Bréfritari: Ásmundur Þorsteinsson
Viðtakandi: Björg Jónsdóttir
Dagsetning: A-1874-02-28
Skrifað á: Miðvík  S-Þing.
Björg var kona Bened. í Tungu

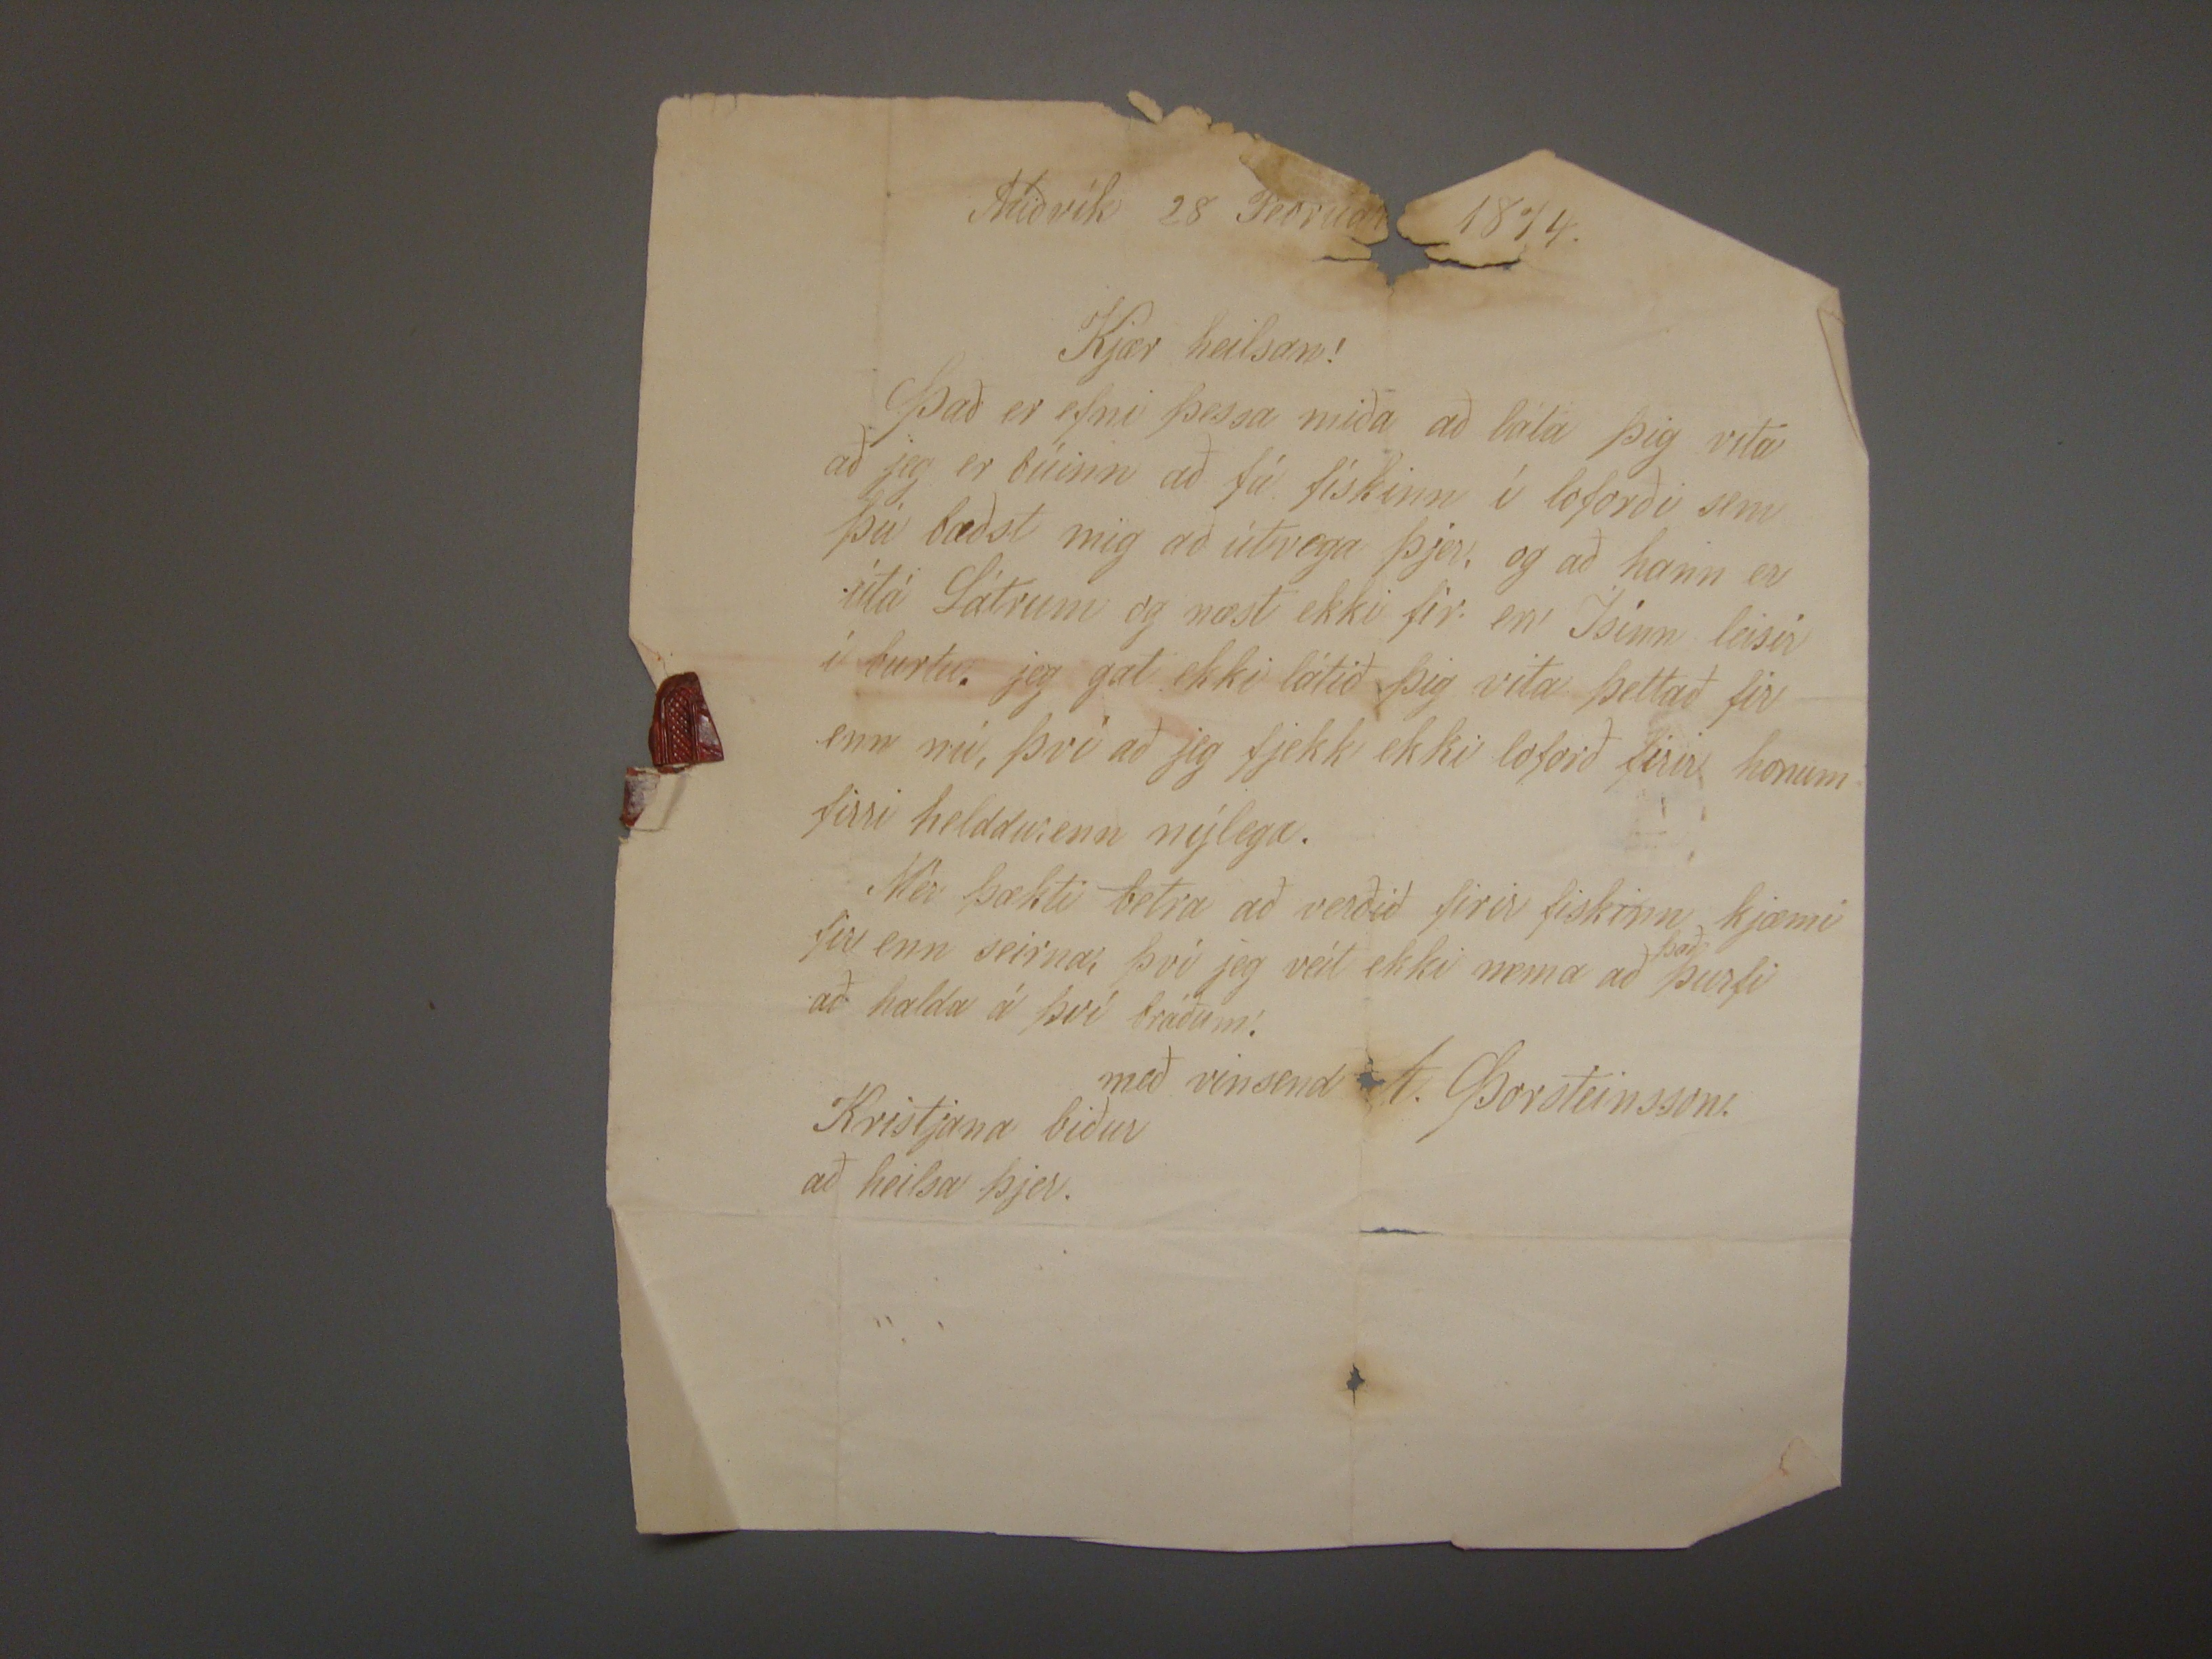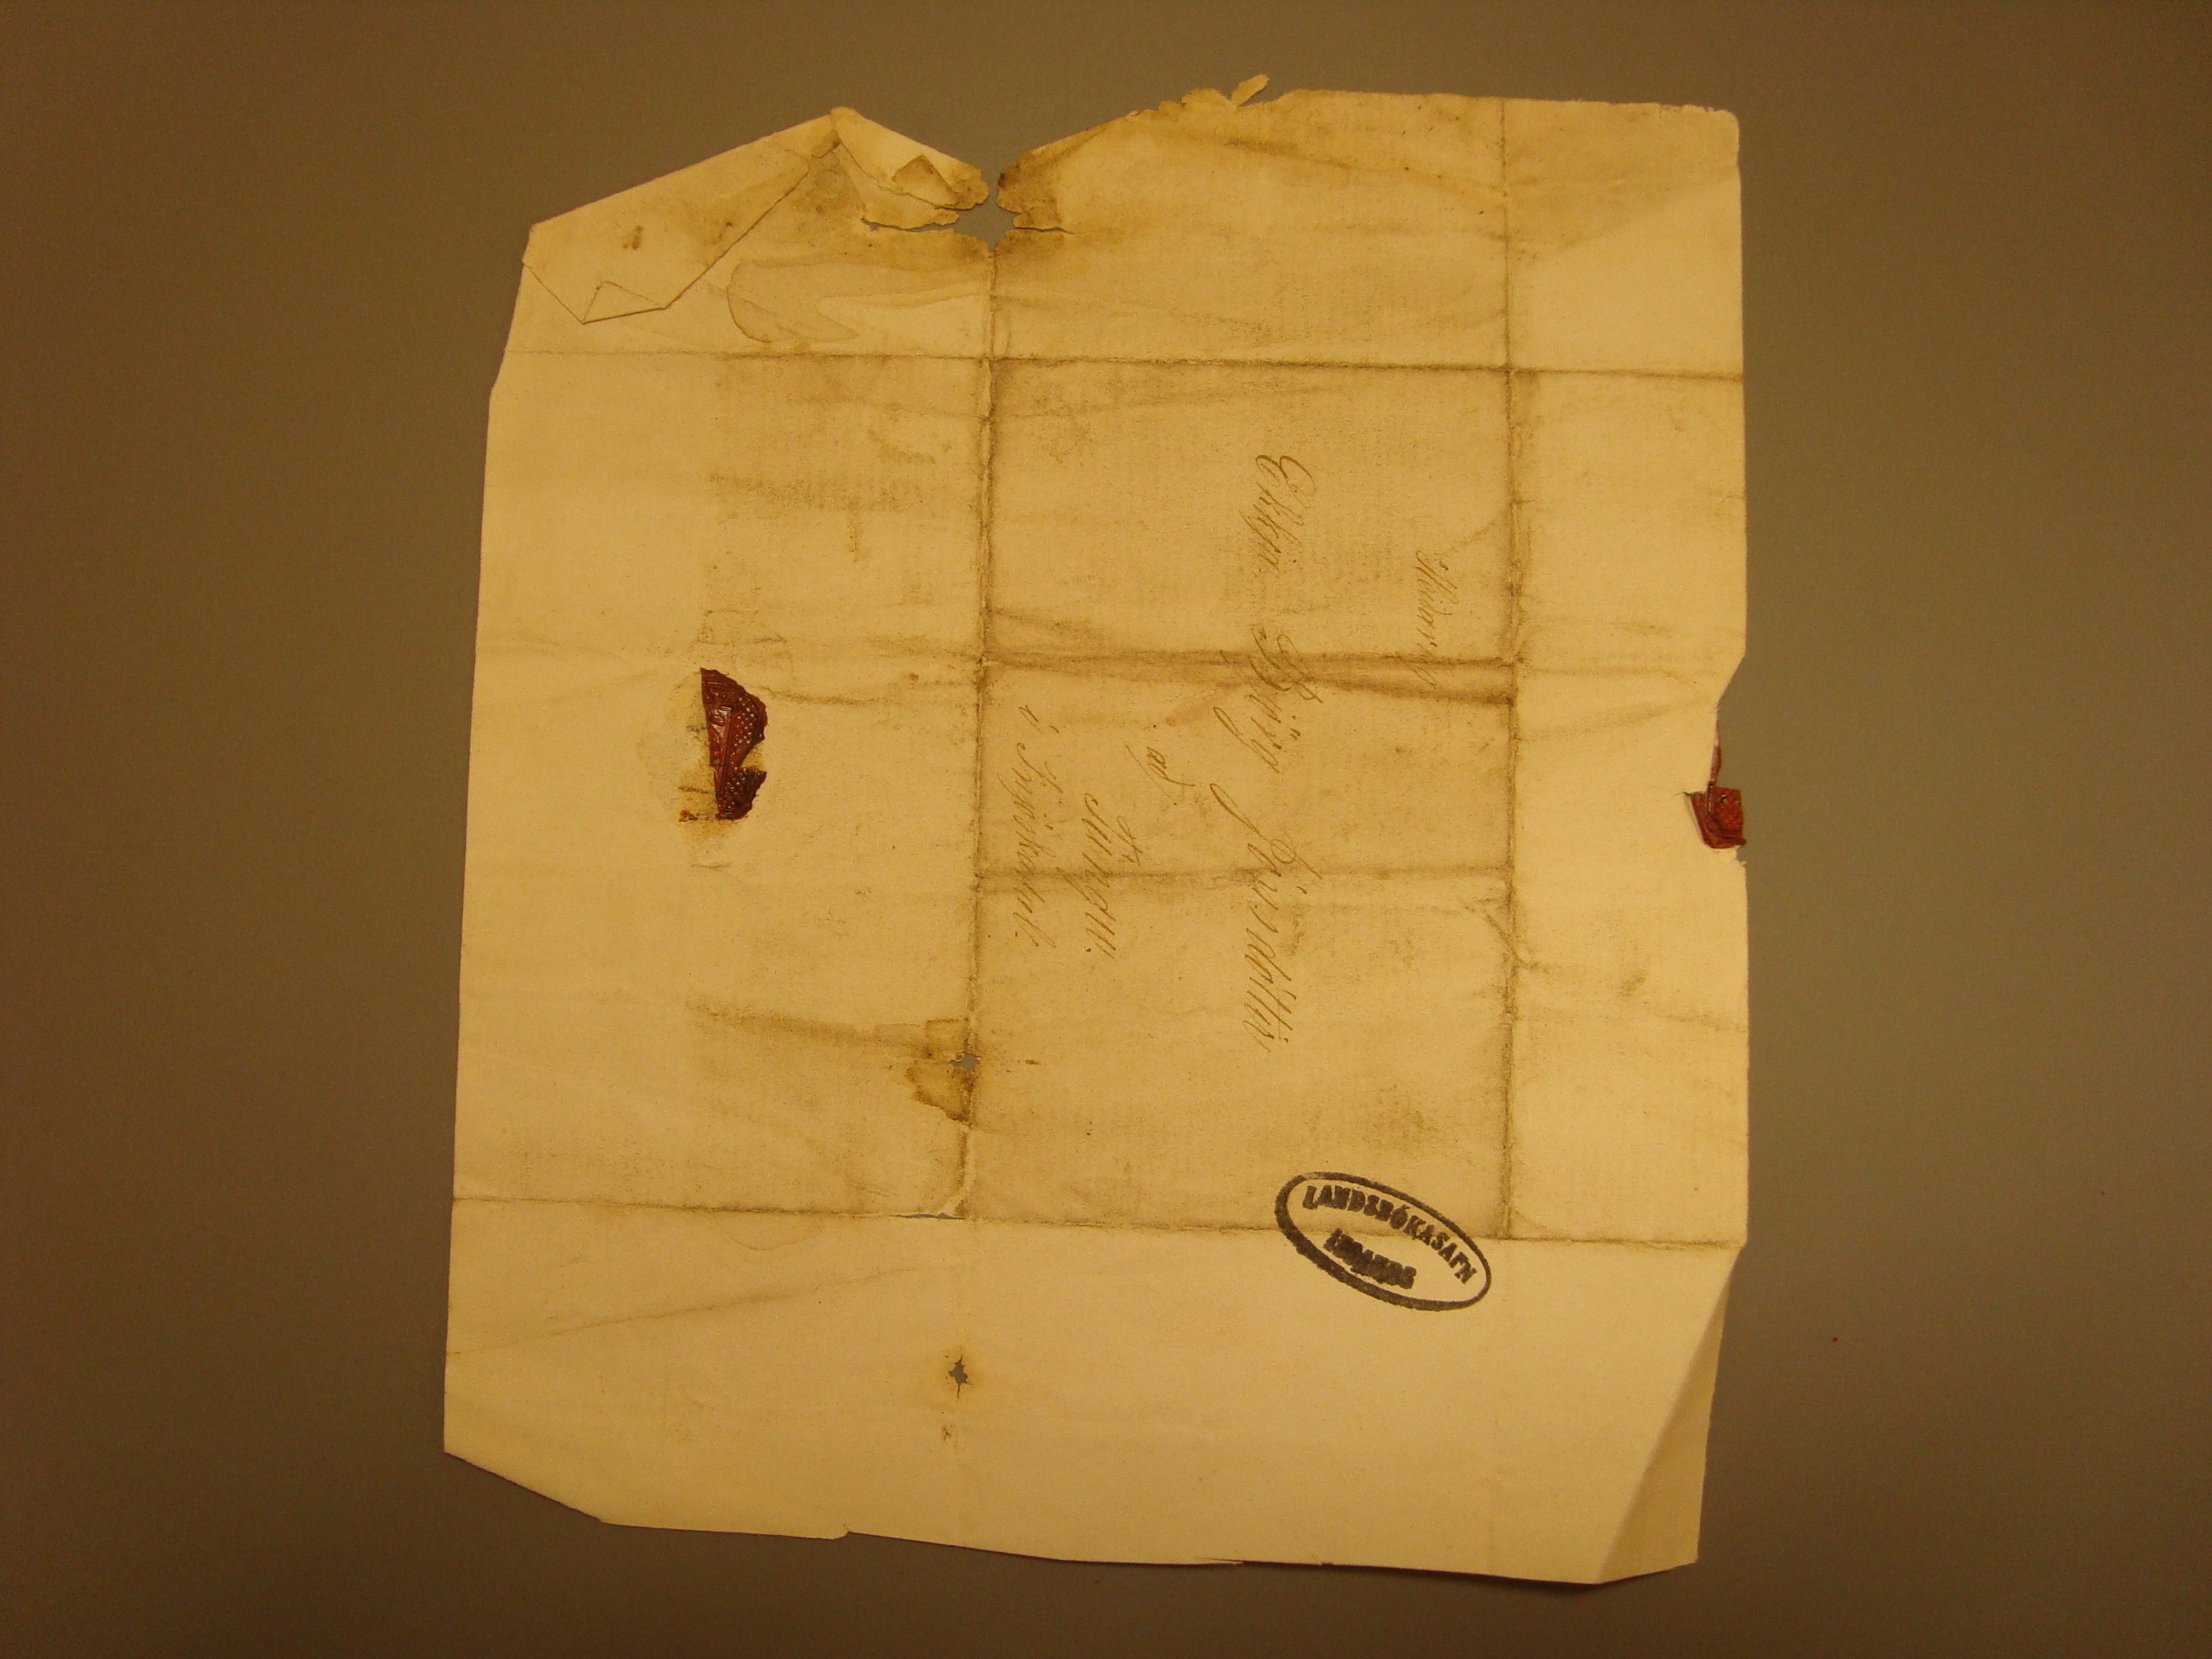

Miðvík 28 Febrúar 1874
Kjær heilsan!
Það er efni þessa miða að láta þig vita að jeg er búinn að fá fiskinn í loforði sem þú bæðst mig að útvega þjer, og að hann er útá Sátrum og næst ekki fir en
Ísinn leisir í burtu. jeg gat ekki látið þig vita þettað fir enn nú, því að jeg fjekk ekki loforð firir honum firri helddurenn nýlega. Mér þækti betra að verðið firir fiskinn
kjæmi fir enn seirna, því jeg veit ekki nema að
það
þurfi að halda á því bráðum.
með vinsemd A. Þorsteinsson
Kristjana biður að heilsa þjer.
Heiðarlig
Ekkja Björg Jónsdóttir
að/ Túngu
í Fnjóskadal.